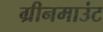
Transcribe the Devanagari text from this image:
ग्रीनमाउंट